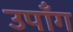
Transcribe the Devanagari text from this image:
उपाँग